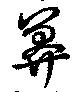
莽